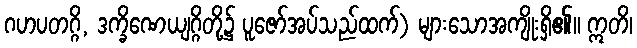
ဂဟပတဂ္ဂိ, ဒက္ခိဏေယျဂ္ဂိတို့၌ ပူဇော်အပ်သည်ထက်) များသောအကျိုးရှိ၏။ ဣတိ၊